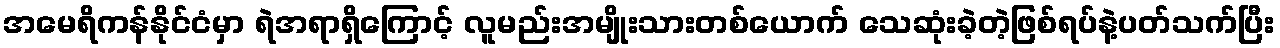
အမေရိကန်နိုင်ငံမှာ ရဲအရာရှိကြောင့် လူမည်းအမျိုးသားတစ်ယောက် သေဆုံးခဲ့တဲ့ဖြစ်ရပ်နဲ့ပတ်သက်ပြီး